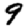
Digit: 9